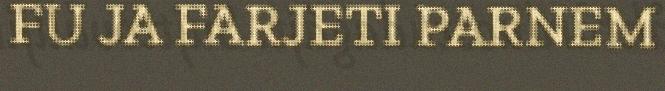
FU JA FARJETI PARNEM